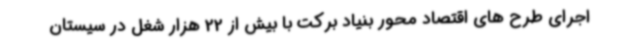
اجرای طرح های اقتصاد محور بنیاد برکت با بیش از 22 هزار شغل در سیستان